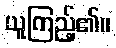
ယူကြည့်၏။